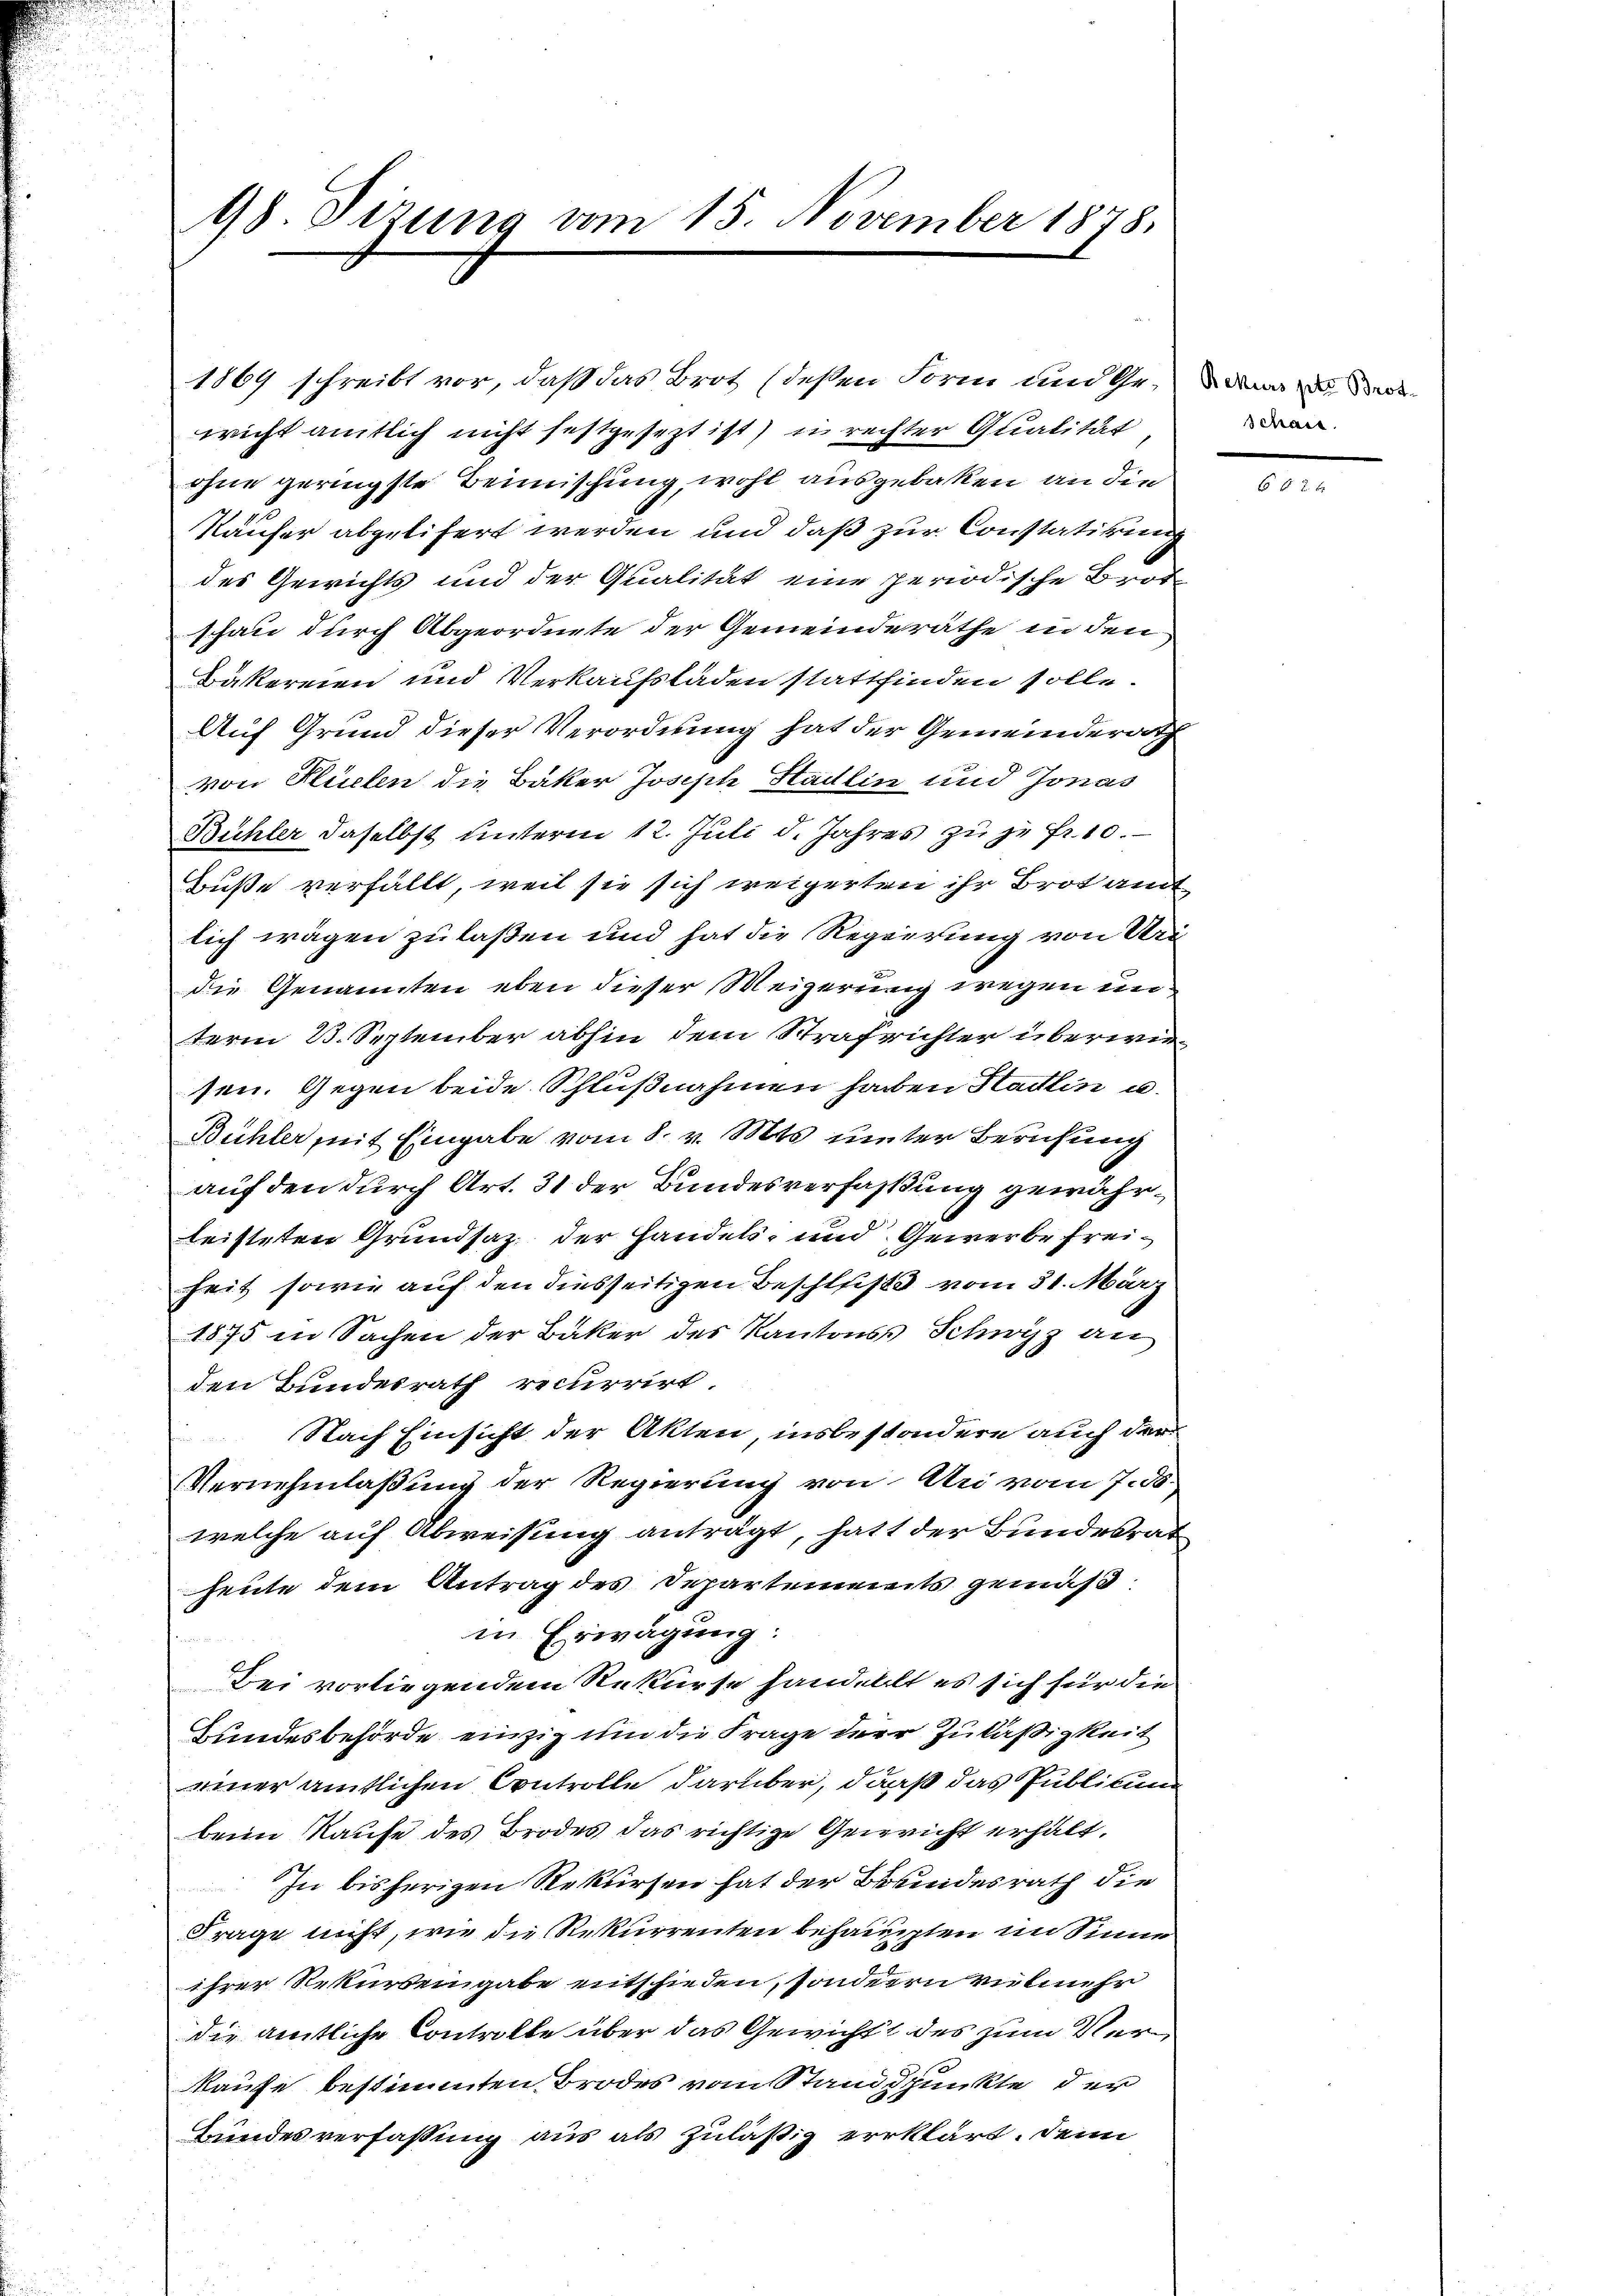
98. Sizung vom 15. November 1878.

ohne geringste Beimischung, wohl ausgebacken an die
Käufer abgelifert werden und daß zur Constatirung
des Gewichts und der Qualität eine periodische Brot
schau durch Abgeordnete der Gemeinderäthe in den
Bäkereien und Verkaufsladen stattfinden solle.
Auf Grund dieser Verordnung hat der Gemeinderath
von Flüelen die Bäker Joseph Stadlin und Jonas
Bühler daselbst unterm 12. Juli d. Jahres zu ze fr. 10.
buße verfällt, weil sie sich weigerten ihr Brot amt
lich wagen zu laßen und hat die Regierung von Uri
die Genannten eben dieser Weigerung wegen unterm 23. September abhin dem Strafrichter überwiesen. Gegen beide Schlußnahmen haben Hadlin u.
Bühler mit Eingabe vom 8. v. Mts. unter Berufung
auf den durch Art. 31 der Bundesverfassung gewährleisteten Grundsaz der Handels- und Gewerbe freiheit sowie auf den diesseitigen Beschluss vom 31. März
1875 in Sachen der Bäker des Kantons Schwyz an
den Bundesrath recurrirt.
Nach Einsicht der Akten, insbesondere auch der
Vernehmlaßung der Regierung von Uri vom 7. 58.
welche auf Abweisung anträgt, hatt der Bundesrat
heute dem Antrag des Departements gemäß
in Erwägung:
e
Bei vorliegendem Rekurse handellt es sich für die
Bundesbehörde einzig um die Frage der Zuläßigkeit
einer amtlichen Controlle darüber, daß das Publikum
beim Kaufe des Brodes das richtige Gericht erhält.
In bisherigen Rekursen hat der Bundesrath die
Frage nicht, wie die Rekurrenten behaupten im Sinne
ihrer Rekurseingabe entschieden, sonderrn vielmehr
die amtliche Controlle über das Gewicht des zum Verkaufe bestimmten Brodes vom Stand spunkte der
Bundesverfassung aus als zuläßig erklärt. Denn

1869 schreibt vor, daß das Brot (deßen Form und Gewicht amtlich nicht festgesezt ist) in rechter Qualität

schaus